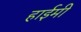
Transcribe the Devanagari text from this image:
हाईमी